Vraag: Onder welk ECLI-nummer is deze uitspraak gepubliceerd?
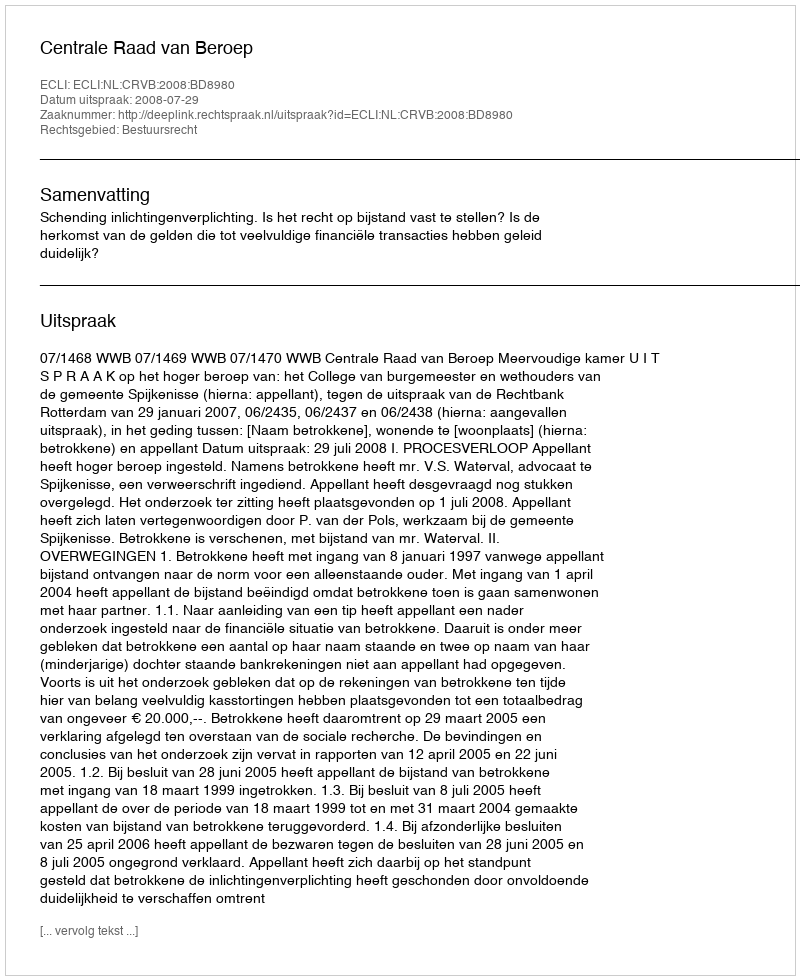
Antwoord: ECLI:NL:CRVB:2008:BD8980